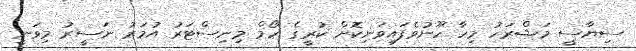
ސިޔާސީ މަޝްރަހު މިހާ ހޫނުވެފައިވަނިކޮށް ކުރީގެ ހޯމް މިނިސްޓަރު އުމަރު ނަސީރު މިވަނީ